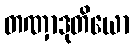
တဏှာဒုတိယော